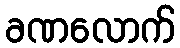
ခဏလောက်